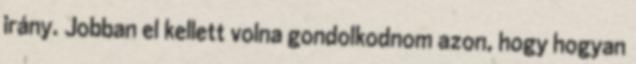
irány. Jobban el kellett volna gondolkodnom azon, hogy hogyan